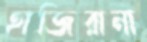
হাজিরানা